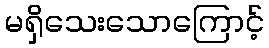
မရှိသေးသောကြောင့်